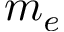
m _ { e }